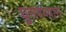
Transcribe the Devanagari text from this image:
घुसवण्यास